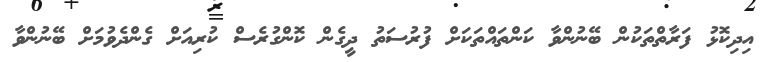
އިދިކޮޅު ފަރާތްތަކުން ބޭނުންވާ ކަންތައްތަކަށް ފުރުސަތު ދީގެން ކޮންގުރެސް ކުރިއަށް ގެންދެވުމަށް ބޭނުންވާ